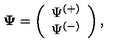
{ \bf \Psi } = \left( \begin{array} { c } { \Psi ^ { ( + ) } } \\ { \Psi ^ { ( - ) } } \\ \end{array} \right) ,